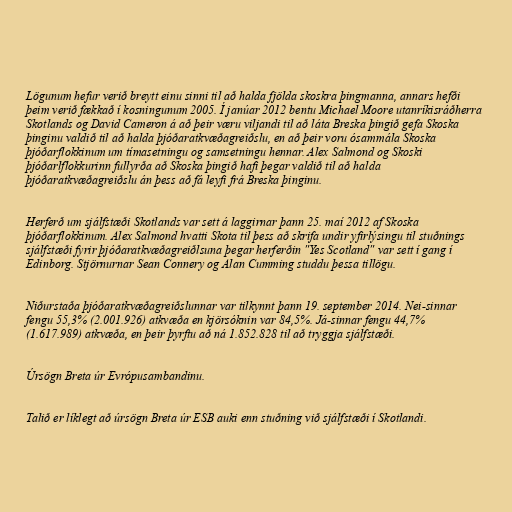
Lögunum hefur verið breytt einu sinni til að halda fjölda skoskra þingmanna, annars hefði
þeim verið fækkað í kosningunum 2005. Í janúar 2012 bentu Michael Moore utanríkisráðherra
Skotlands og David Cameron á að þeir væru viljandi til að láta Breska þingið gefa Skoska
þinginu valdið til að halda þjóðaratkvæðagreiðslu, en að þeir voru ósammála Skoska
þjóðarflokkinum um tímasetningu og samsetningu hennar. Alex Salmond og Skoski
þjóðarlflokkurinn fullyrða að Skoska þingið hafi þegar valdið til að halda
þjóðaratkvæðagreiðslu án þess að fá leyfi frá Breska þinginu.

Herferð um sjálfstæði Skotlands var sett á laggirnar þann 25. maí 2012 af Skoska
þjóðarflokkinum. Alex Salmond hvatti Skota til þess að skrifa undir yfirlýsingu til stuðnings
sjálfstæði fyrir þjóðaratkvæðagreiðlsuna þegar herferðin "Yes Scotland" var sett í gang í
Edinborg. Stjörnurnar Sean Connery og Alan Cumming studdu þessa tillögu.

Niðurstaða þjóðaratkvæðagreiðslunnar var tilkynnt þann 19. september 2014. Nei-sinnar
fengu 55,3% (2.001.926) atkvæða en kjörsóknin var 84,5%. Já-sinnar fengu 44,7%
(1.617.989) atkvæða, en þeir þyrftu að ná 1.852.828 til að tryggja sjálfstæði.

Úrsögn Breta úr Evrópusambandinu.

Talið er líklegt að úrsögn Breta úr ESB auki enn stuðning við sjálfstæði í Skotlandi.